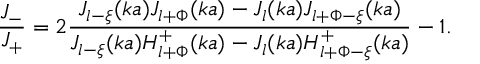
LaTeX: \displaystyle \frac { { \cal J } _ { - } } { { \cal J } _ { + } } = 2 \displaystyle \frac { J _ { l - \xi } ( k a ) J _ { l + \Phi } ( k a ) - J _ { l } ( k a ) J _ { l + \Phi - \xi } ( k a ) } { J _ { l - \xi } ( k a ) H _ { l + \Phi } ^ { + } ( k a ) - J _ { l } ( k a ) H _ { l + \Phi - \xi } ^ { + } ( k a ) } - 1 .